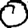
Digit: 0